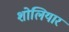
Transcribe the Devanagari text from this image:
शोलियार